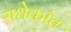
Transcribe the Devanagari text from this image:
राधेकांत